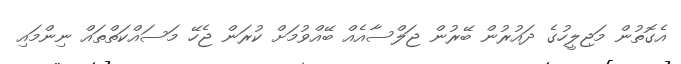
އެގޮތުން މަޖިލީހުގެ ދައުރުން ބޭރުން ޖަލްސާއެއް ބޭއްވުމަށް ކުރަން ޖެހޭ މަސައްކަތްތައް ނިންމައި